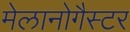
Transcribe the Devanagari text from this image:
मेलानोगैस्टर